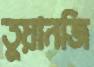
তুয়ানজি